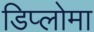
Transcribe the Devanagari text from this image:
डिप्‍लोमा